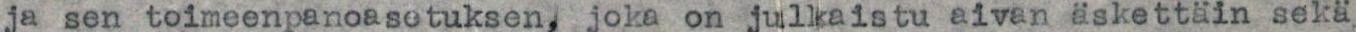
ja sen toimeenpanoasetuksen, joka on julkaistu aivan äskettäin sekä